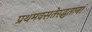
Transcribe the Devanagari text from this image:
प्रथमवसतेरद्भुतानां